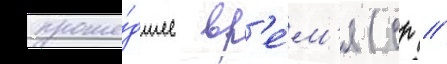
проше́дшее вр'е́м'я (ср //